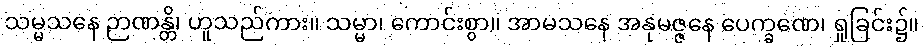
သမ္မသနေ ဉာဏန္တိ၊ ဟူသည်ကား။ သမ္မာ၊ ကောင်းစွာ။ အာမသနေ အနုမဇ္ဇနေ ပေက္ခဏေ၊ ရှုခြင်း၌။